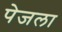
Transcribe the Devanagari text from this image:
पेजला